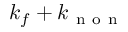
k _ { f } + k _ { \mathrm { ~ n ~ o ~ n ~ } }